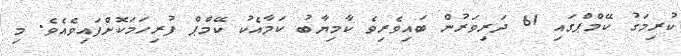
ކުރިމަގު ކޭމްޕްގައި 61 ދަރިވަަރުން ބައިވެރިވެ ކާމިޔާބު ކަމާއެކު ކޭމްޕް ފުރިހަމަކޮށްފައިވެއެވެ. މި